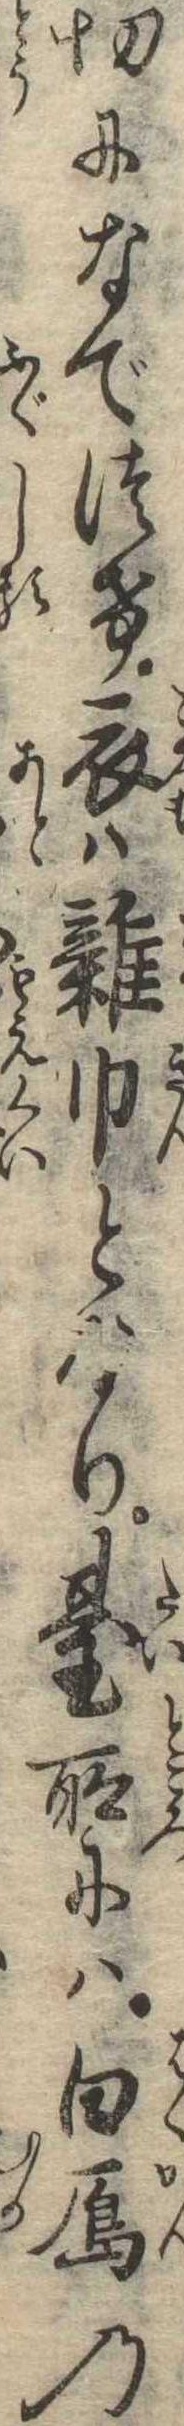
切になでつけ衣は雑巾となり台所には白雁の